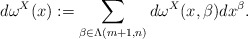
\begin{align*} d\omega^X(x):=\sum_{\beta\in \Lambda(m+1,n)} d\omega^X(x,\beta)dx^\beta. \end{align*}